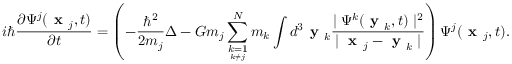
i \hbar \frac { \partial \Psi ^ { j } ( \textbf { x } _ { j } , t ) } { \partial t } = \left( - \frac { \hbar ^ { 2 } } { 2 m _ { j } } \Delta - G m _ { j } \sum _ { \underset { k \neq j } { k = 1 } } ^ { N } m _ { k } \int d ^ { 3 } \textbf { y } _ { k } \frac { \mid \Psi ^ { k } ( \textbf { y } _ { k } , t ) \mid ^ { 2 } } { \mid \textbf { x } _ { j } - \textbf { y } _ { k } \mid } \right) \Psi ^ { j } ( \textbf { x } _ { j } , t ) .